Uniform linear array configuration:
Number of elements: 64
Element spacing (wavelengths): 0.5
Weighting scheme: cosine
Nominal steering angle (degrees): -60
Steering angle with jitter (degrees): -60.652
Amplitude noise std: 0.05
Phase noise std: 0.05

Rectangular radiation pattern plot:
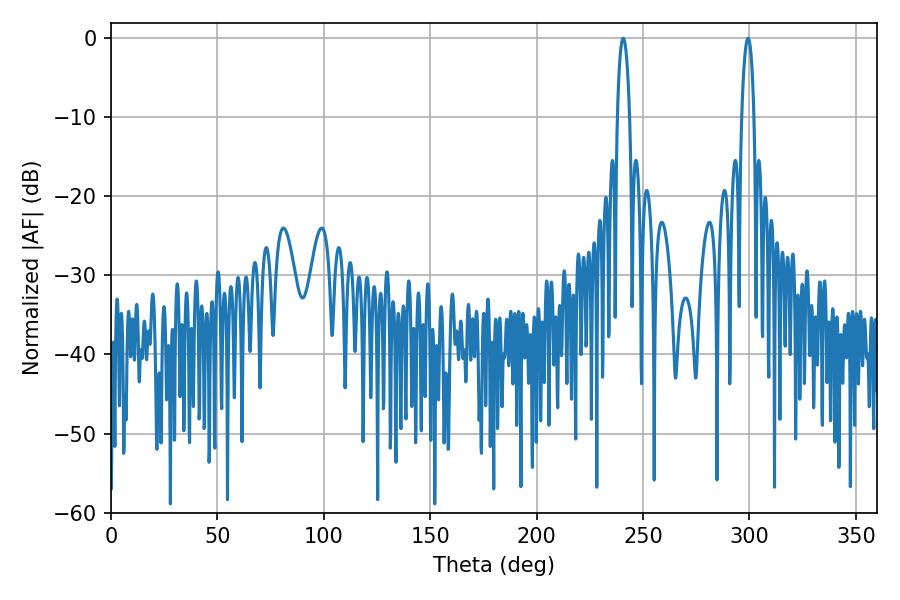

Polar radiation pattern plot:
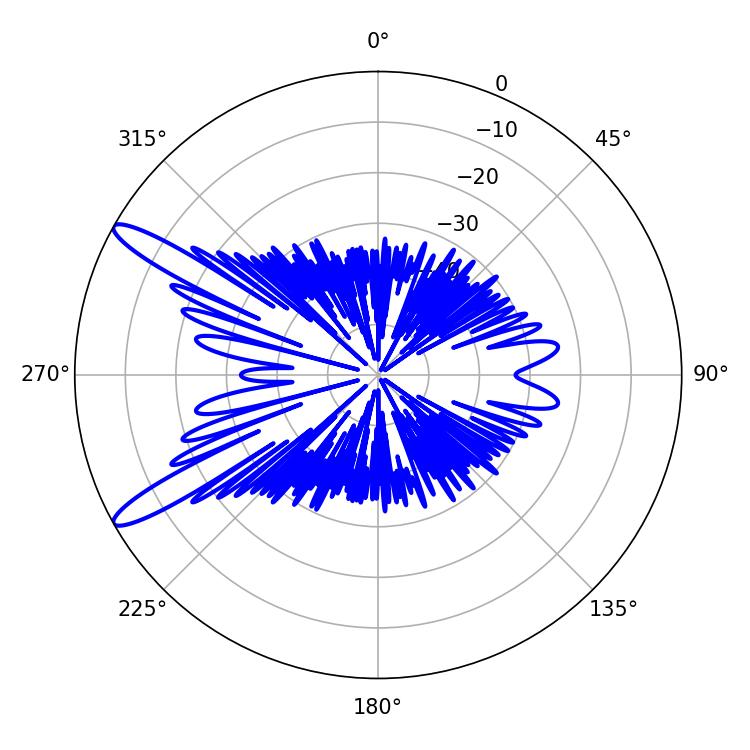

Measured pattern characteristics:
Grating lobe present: FALSE
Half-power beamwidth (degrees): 3.24
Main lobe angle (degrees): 240.66